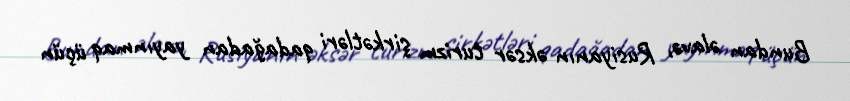
Bundan əlavə, Rusiyanın əksər turizm şirkətləri qadağadan yayınmaq üçün